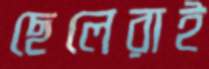
ছেলেরাই